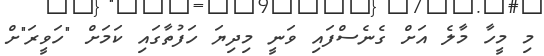
މި މީހާ މާލެ އަށް ގެނެސްފައި ވަނީ މިދިޔަ ހަފުތާގައި ކަމަށް "ހަވީރަ"ށް